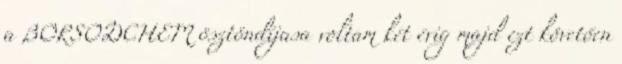
a BORSODCHEM ösztöndíjasa voltam két évig majd ezt követően